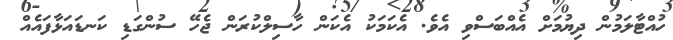
ހުއްޓާލަމުން ދިޔުމަށް އެއްބަސްވި އެވެ. އެކަމަކު އެކަން ހާސިލްކުރަން ޖެހޭ ސުންގަޑި ކަނޑައަޅާފައެއް